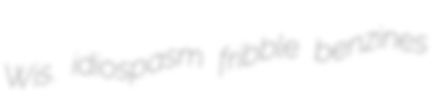
Wis. idiospasm fribble benzines